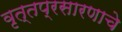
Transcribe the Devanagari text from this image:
वृत्तप्रसारणाचे